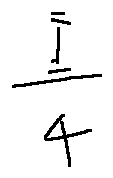
\frac { I } { 4 }